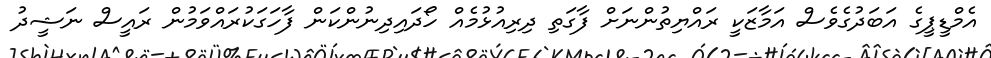
އެމްޑީޕީގެ އަބަދުގެވެސް އަމާޒަކީ ރައްޔިތުންނަށް ފާގަތި ދިރިއުޅުމެއް ހޯދައިދިނުންކަން ފާހަގަކުރައްވަމުން ރައީސް ނަޝީދު